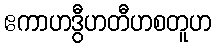
ဧကာဟဒွီဟတီဟစတူဟ